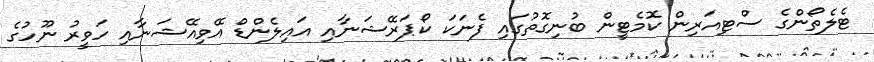
ޓެލެތޯންގެ ސްޓިއަރިން ކޮމެޓީން ބުނިގޮތުގައި ފެނަކަ ކޯޕަރޭޝަނާއި އައިލެންޑް އޭވިއޭޝަނާއި ހަވީރު ނޫހުގެ